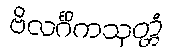
ဗိလင်္ဂိကသုတ္တံ